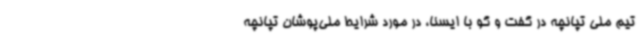
تیم ملی تپانچه در گفت و گو با ایسنا، در مورد شرایط ملی‌پوشان تپانچه